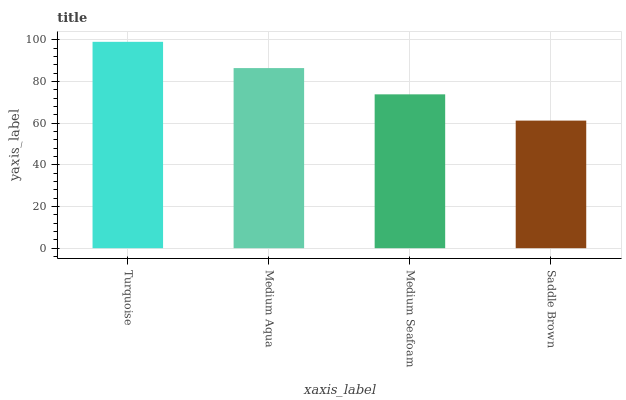
| xaxis_label | bars |
 | --- | --- |
 | Turquoise | 99 |
 | Medium Aqua | 86.4 |
 | Medium Seafoam | 73.8 |
 | Saddle Brown | 61.2 |